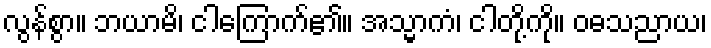
လွန်စွာ။ ဘယာမိ၊ ငါကြောက်၏။ အသ္မာကံ၊ ငါတို့ကို။ ဝဓသညာယ၊